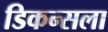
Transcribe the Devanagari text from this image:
डिकन्सला